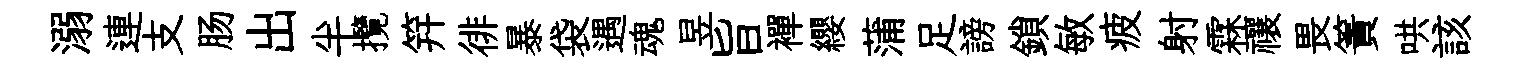
溺連支肠出半攬笄徘暴袋遇魂昱旨襌纓蒲足謗鎖敏疲射霖禳畏簀哄該